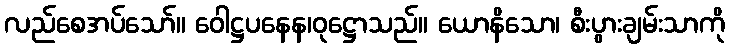
လည်စေအပ်သော်။ ဝေါဋ္ဌပနေန၊ဝုဋ္ဌောသည်။ ယောနိသော၊ စီးပွားချမ်းသာကို